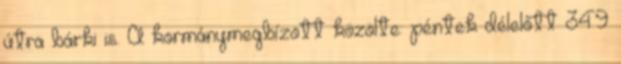
útra bárki is. A kormánymegbízott közölte: péntek délelőtt 349